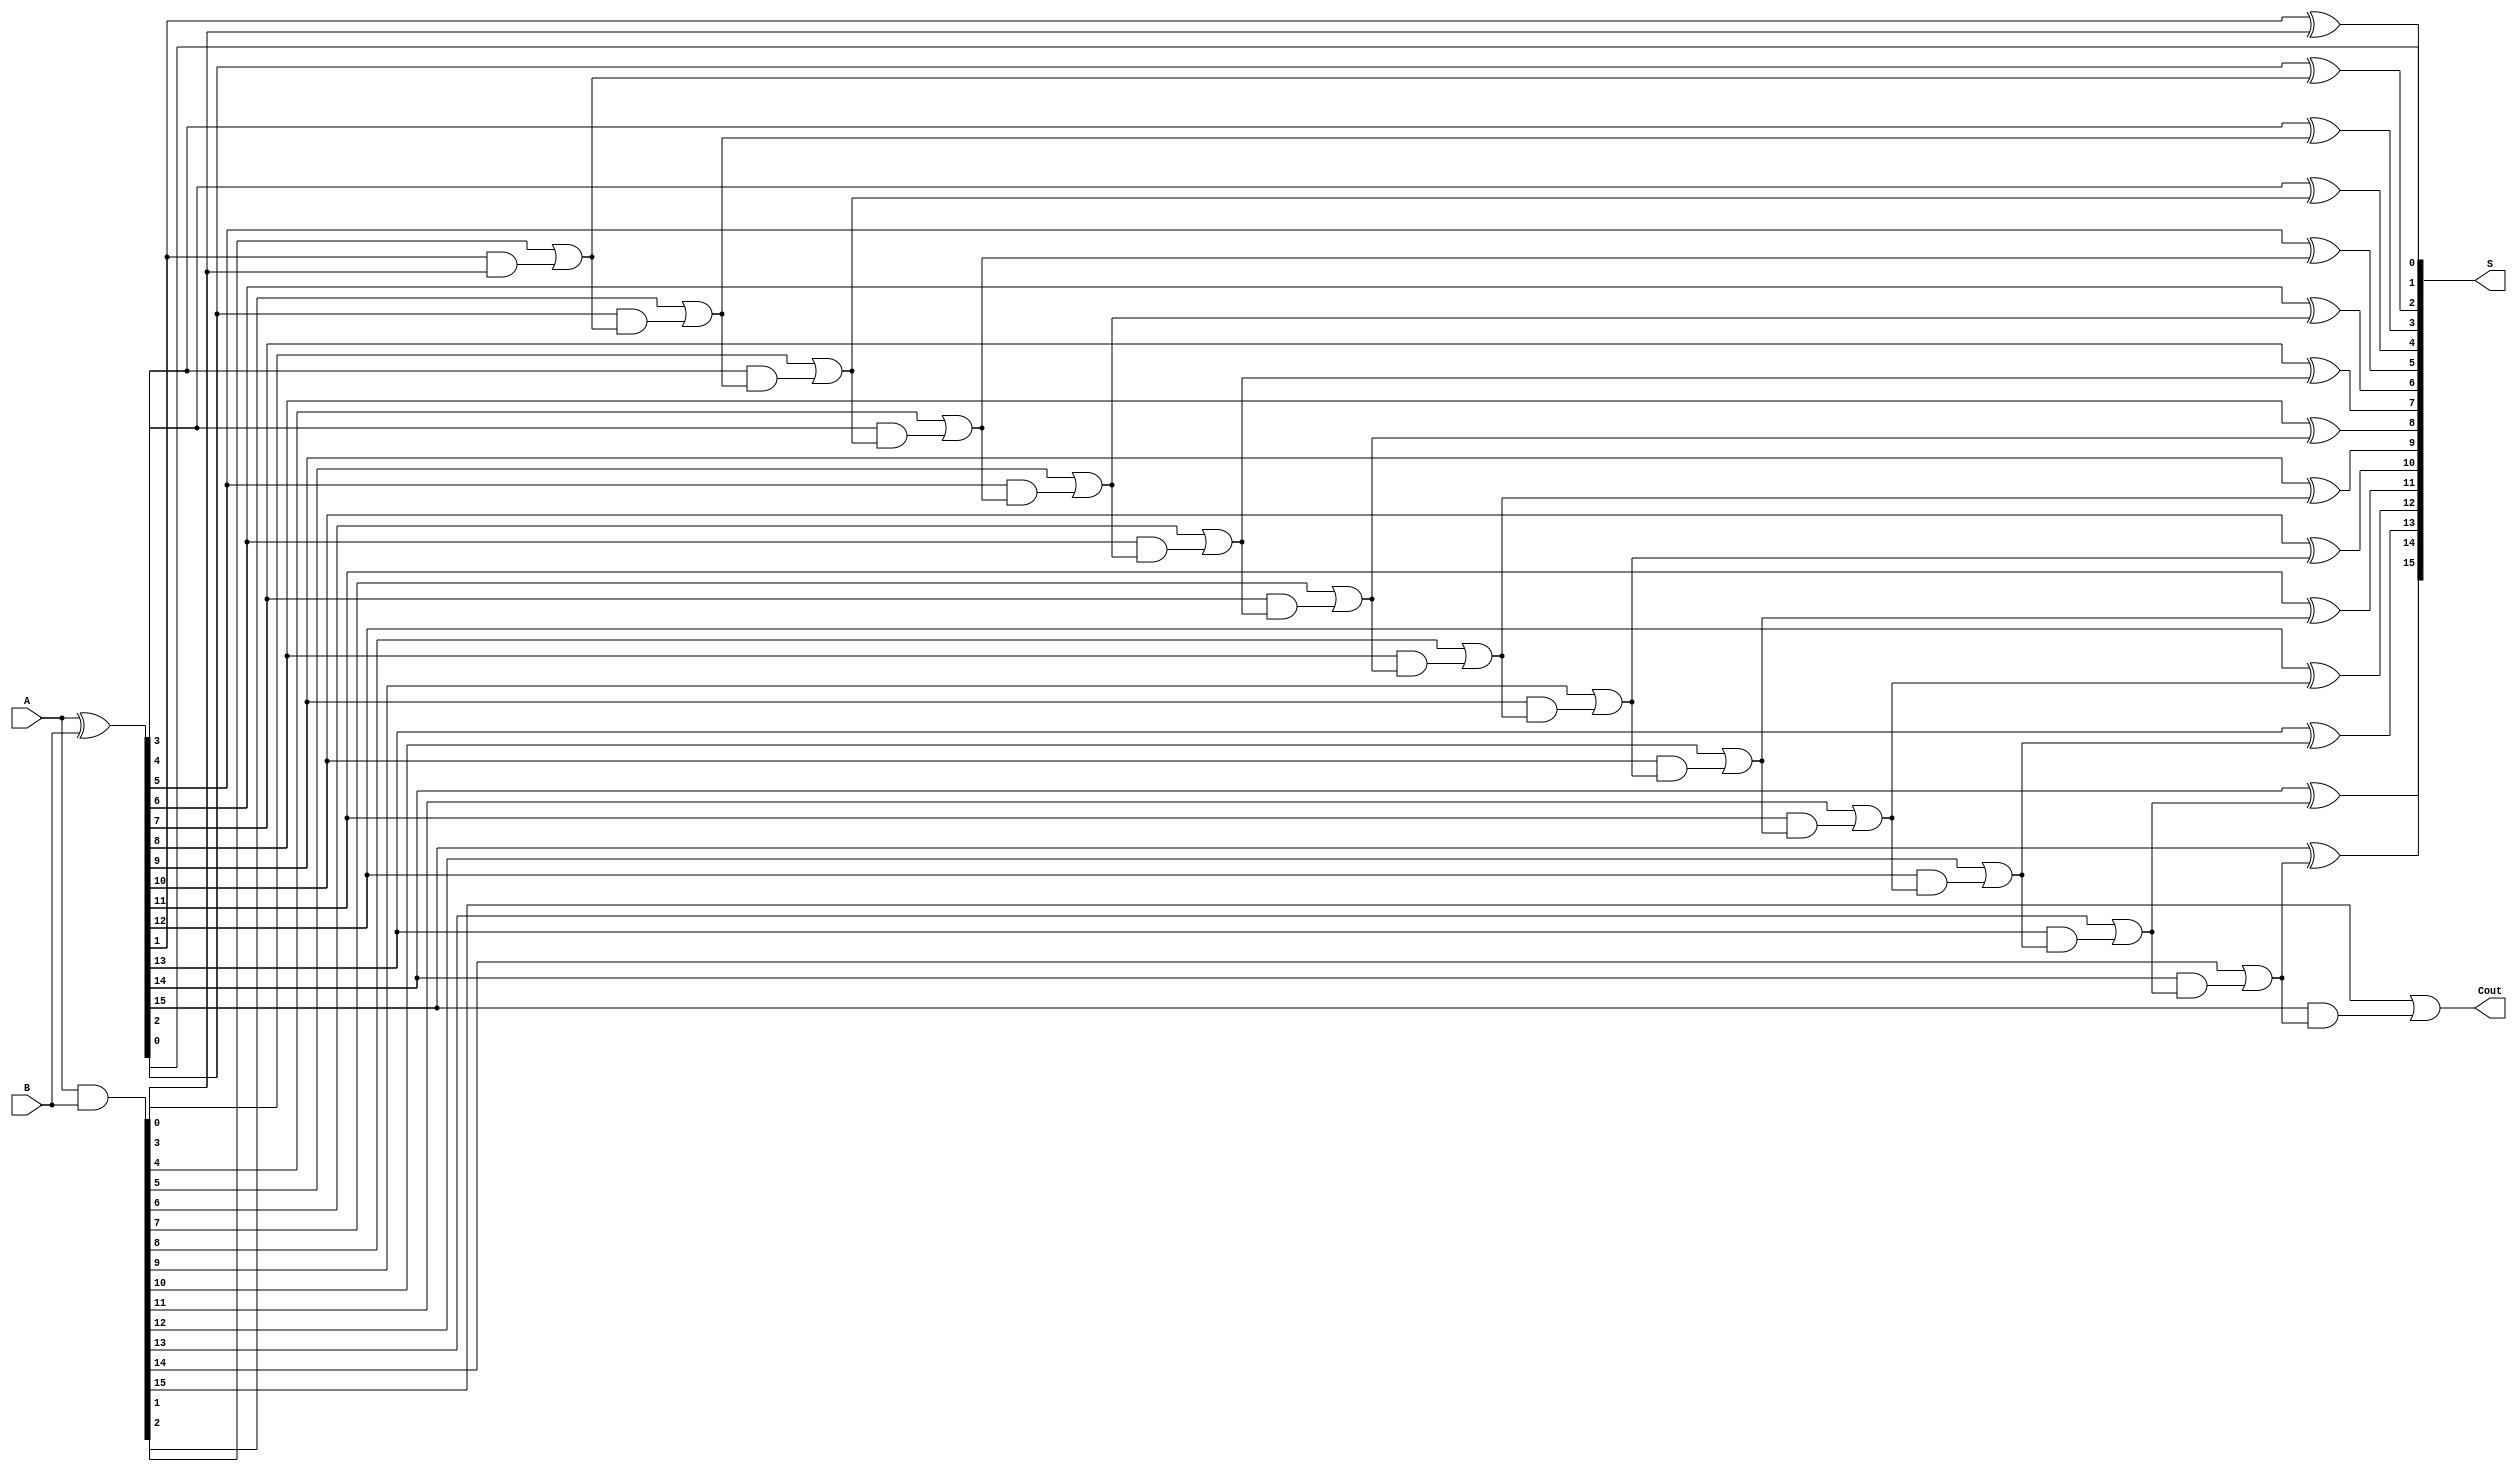
module cla_16bit (
  input [15:0] A,
  input [15:0] B,
  output [15:0] S,
  output Cout
  );

  wire [15:0] P, G;
  wire [15:0] C;
  
  assign P = A ^ B;
  assign G = A & B;
  
  assign S[0] = P[0];
  assign C[0] = G[0];
  
  generate
    genvar i;
    generate
      for (i = 1; i < 16; i = i + 1) begin : gen_carry
        assign S[i] = P[i] ^ C[i-1];
        assign C[i] = G[i] | (P[i] & C[i-1]);
      end
    endgenerate
  endgenerate
  
  assign Cout = C[15];
  
endmodule


module adder_32bit (
  input [31:0] A,
  input [31:0] B,
  output [31:0] S,
  output C32
  );
  
  wire [15:0] S0, S1, S2, S3;
  wire C1, C2, C3, C4;
  
  cla_16bit u1 (.A(A[15:0]), .B(B[15:0]), .S(S0), .Cout(C1));
  cla_16bit u2 (.A(A[31:16]), .B(B[31:16]), .S(S1), .Cout(C2));
  cla_16bit u3 (.A(S0), .B(S1), .S(S2), .Cout(C3));
  cla_16bit u4 (.A(A[31:16]), .B(B[31:16]), .S(S3), .Cout(C4));
  
  assign S = {S3, S2};
  assign C32 = C4;
  
endmodule